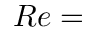
R e =